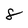
Character: 8